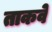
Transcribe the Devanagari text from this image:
ताकवे